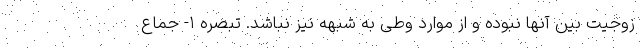
زوجیت بین آنها نبوده و از موارد وطی به شبهه نیز نباشد. تبصره ۱- جماع